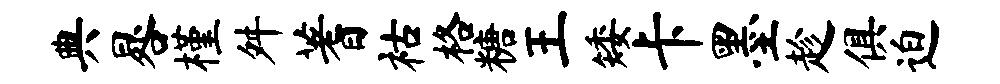
典晷槿舛蓍祜格糖王矮卡墨趁俱迫